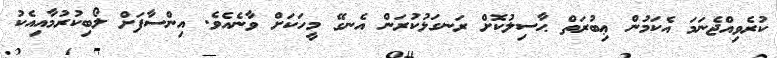
ކުރެވިއްޖެނަމަ އެކަމުން ޢިބުރަތް ޙާސިލުކޮށް ރަނގަޅުކުރަން އެނގޭ މީހަކަށް ވާނެއެވެ. އިންސާފަށް ލޯބިކުރުމާއިއެކު